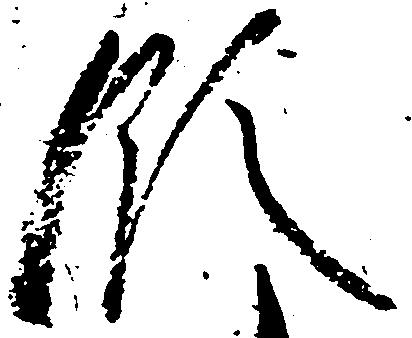
領